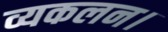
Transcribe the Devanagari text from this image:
व्यकलन।